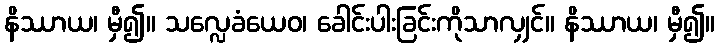
နိဿာယ၊ မှီ၍။ သလ္လေခံယေဝ၊ ခေါင်းပါးခြင်းကိုသာလျှင်။ နိဿာယ၊ မှီ၍။